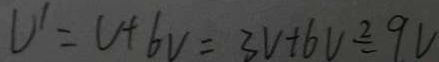
V ^ { \prime } = V + 6 V = 3 V + 6 V = 9 V